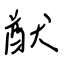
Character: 猷